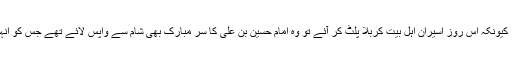
[14] "مَرَدُ الرأس" یعنی سر کا لوٹا دیا جانا، کیونکہ اس روز اسیران اہل بیت کربلا پلٹ کر آئے تو وہ امام حسین بن علی کا سر مبارک بھی شام سے واپس لائے تھے جس کو انہوں نے امام حسین بن علی کے ساتھ دفن کیا۔